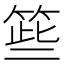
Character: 𱸈